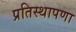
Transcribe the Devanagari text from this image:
प्रतिस्थापणा